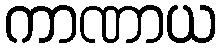
ကာဏာယ